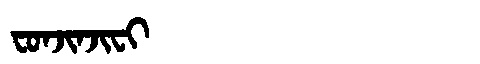
Manchu: ᠸᠣᠨᠵᡳᠨᠵᡳᠸᡳ
Romanization: FONJINJIFI